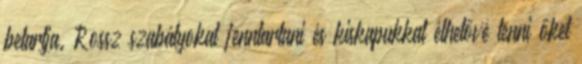
betartja. Rossz szabályokat fenntartani és kiskapukkal élhetővé tenni őket